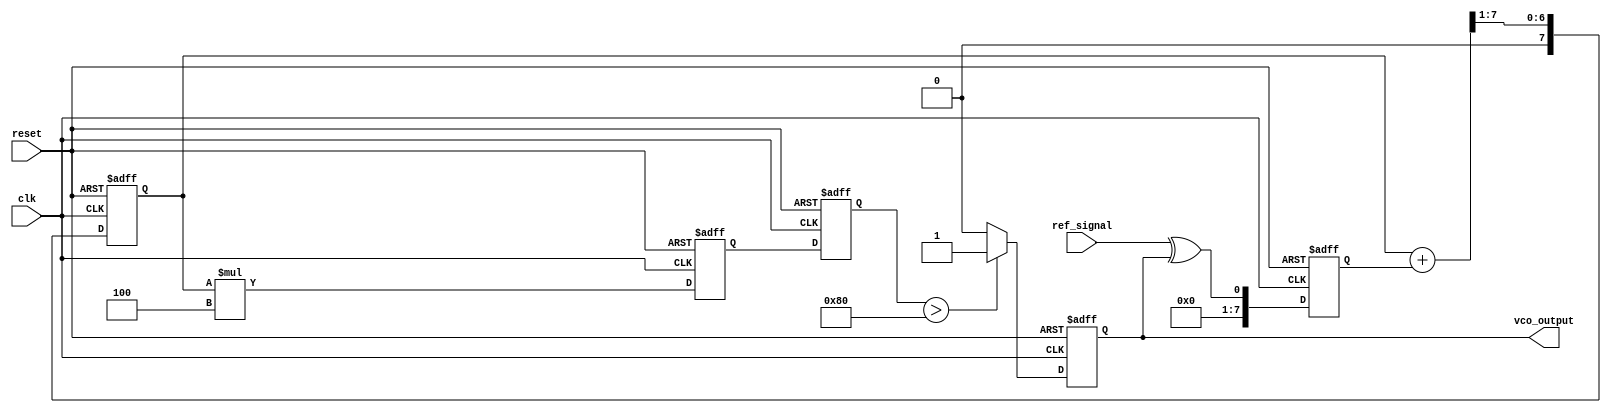
module MemoryBlocksPLL (
    input wire clk,                // System clock
    input wire reset,              // Reset signal
    input wire ref_signal,         // Reference input signal
    output reg vco_output          // VCO output signal
);

    // Parameters
    parameter MEMORY_SIZE = 16;   // Size of the memory block
    parameter FILTER_COEFF = 8'd4; // Loop filter coefficient

    // Internal signals
    reg [MEMORY_SIZE-1:0] phase_memory; // Memory block for phase error signals
    reg [7:0] phase_error;               // Phase error signal
    reg [7:0] filtered_error;            // Filtered phase error signal
    reg [7:0] control_voltage;            // Control voltage for VCO
    reg [7:0] vco_freq;                  // VCO frequency control

    // Phase Detector (PD)
    always @(posedge clk or posedge reset) begin
        if (reset) begin
            phase_error <= 8'd0;
        end else begin
            // Simple phase detection logic (XOR for example)
            phase_error <= ref_signal ^ vco_output; // Example phase comparison
        end
    end

    // Memory Block
    always @(posedge clk or posedge reset) begin
        if (reset) begin
            phase_memory <= 0;
        end else begin
            // Store phase error in memory (circular buffer)
            phase_memory <= {phase_memory[MEMORY_SIZE-2:0], phase_error};
        end
    end

    // Loop Filter (LF)
    always @(posedge clk or posedge reset) begin
        if (reset) begin
            filtered_error <= 8'd0;
            control_voltage <= 8'd0;
        end else begin
            // Simple moving average filter
            filtered_error <= (filtered_error + phase_error) >> 1; // Average
            control_voltage <= filtered_error * FILTER_COEFF; // Scale
        end
    end

    // Voltage-Controlled Oscillator (VCO)
    always @(posedge clk or posedge reset) begin
        if (reset) begin
            vco_freq <= 8'd0;
            vco_output <= 0;
        end else begin
            // Update VCO frequency based on control voltage
            vco_freq <= control_voltage; // Example frequency control
            // Generate output signal (simple example)
            vco_output <= (vco_freq > 8'd128) ? 1 : 0; // Example output logic
        end
    end

endmodule